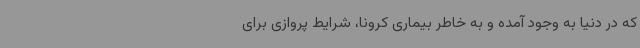
که در دنیا به وجود آمده و به خاطر بیماری کرونا، شرایط پروازی برای